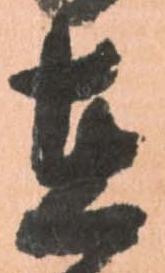
在